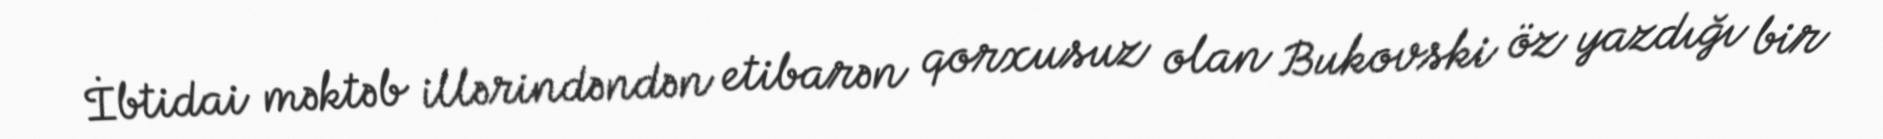
İbtidai məktəb illərindəndən etibarən qorxusuz olan Bukovski öz yazdığı bir